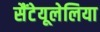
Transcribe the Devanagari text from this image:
सैंटेयूलेलिया